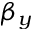
\beta _ { y }